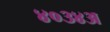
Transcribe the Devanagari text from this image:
४०३४अ